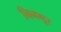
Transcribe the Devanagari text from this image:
निनगूर